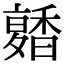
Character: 𩡑